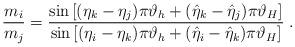
\begin{align*}\frac{m_{i}}{m_{j}}=\frac{\sin \left[ (\eta _{k}-\eta _{j})\pi \vartheta_{h}+(\hat{\eta}_{k}-\hat{\eta}_{j})\pi \vartheta _{H}\right] }{\sin \left[(\eta _{i}-\eta _{k})\pi \vartheta _{h}+(\hat{\eta}_{i}-\hat{\eta}_{k})\pi\vartheta _{H}\right] }\;. \end{align*}